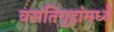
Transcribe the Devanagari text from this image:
वसतिगृहांमध्ये